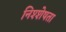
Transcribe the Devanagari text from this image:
निश्शेषता